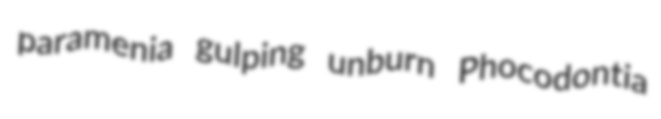
paramenia gulping unburn Phocodontia